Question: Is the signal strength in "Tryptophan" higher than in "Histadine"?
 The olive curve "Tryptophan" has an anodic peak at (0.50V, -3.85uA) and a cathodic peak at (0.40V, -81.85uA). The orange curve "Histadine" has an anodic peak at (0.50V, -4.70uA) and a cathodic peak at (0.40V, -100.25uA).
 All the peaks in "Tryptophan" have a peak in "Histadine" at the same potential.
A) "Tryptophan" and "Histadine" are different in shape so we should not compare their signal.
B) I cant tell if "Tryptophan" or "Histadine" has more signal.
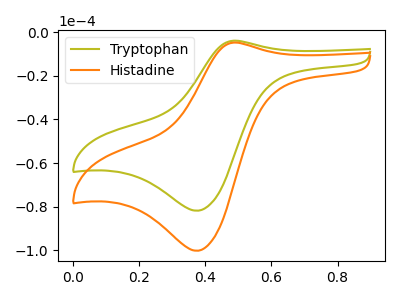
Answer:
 <answer>B) I cant tell if "Tryptophan" or "Histadine" has more signal.</answer>
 <eval>B</eval>